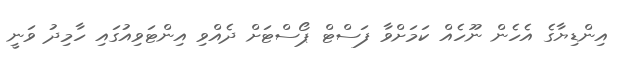
އިންޑިޔާގެ އެހެން ނޫހެއް ކަމަށްވާ ފަސްޓް ޕޯސްޓަށް ދެއްވި އިންޓަވިއުގައި ހާމިދު ވަނީ